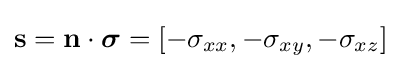
\mathbf {s} =\mathbf {n} \cdot {\boldsymbol {\sigma }}=[-\sigma _{xx},-\sigma _{xy},-\sigma _{xz}]